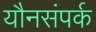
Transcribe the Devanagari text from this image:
यौनसंपर्क